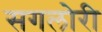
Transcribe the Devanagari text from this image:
सगलोरी